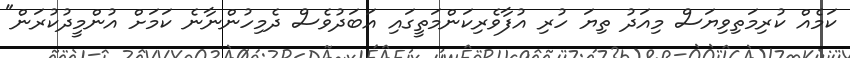
ކަމެއް ކުރިމަތިވިޔަސް މިއަދު ތިޔަ ހުރި އުފާވެރިކަންމަތީގައި އަބަދުވެސް ދެމިހުންނާނެ ކަމަށް އުންމީދުކުރަން"